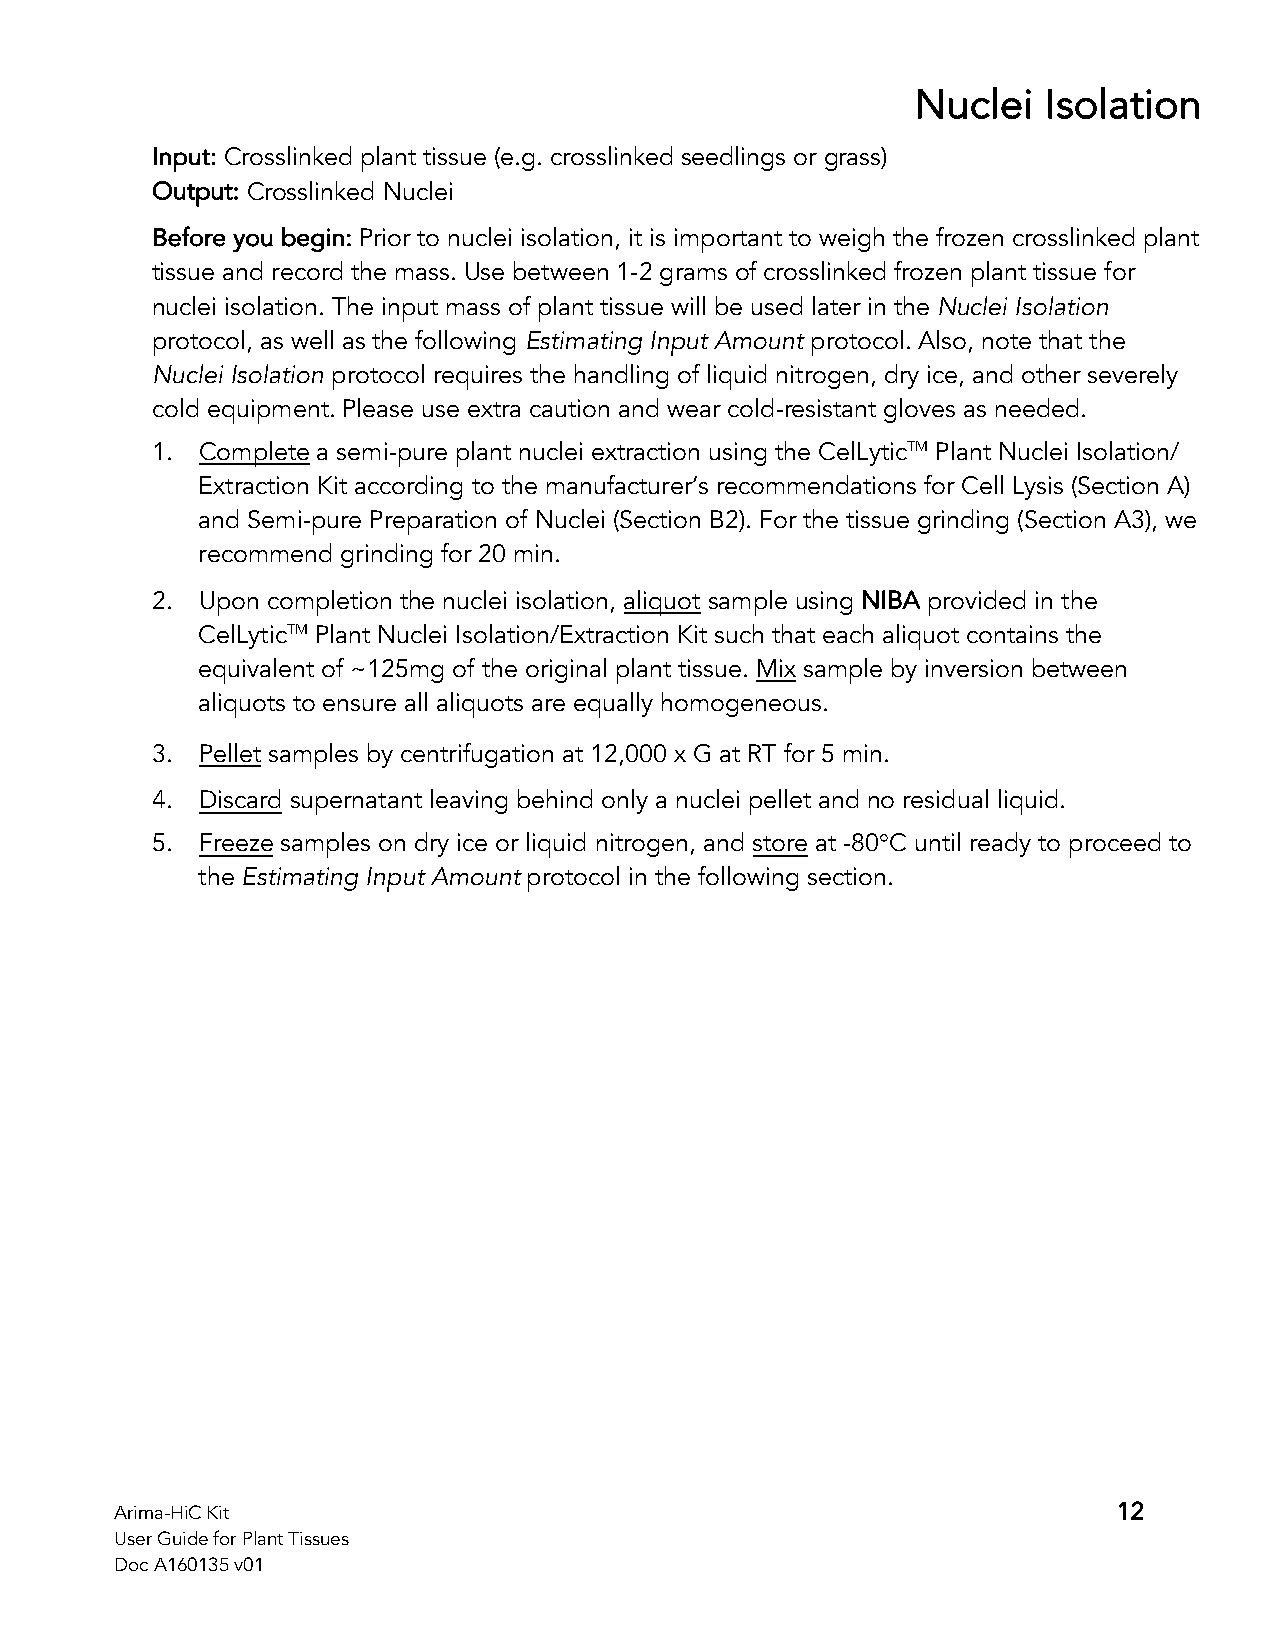
Nuclei  Isolation
 Input: Crosslinked plant tissue (e.g. crosslinked seedlings or grass)
 Output: Crosslinked Nuclei
 Before you begin: Prior to nuclei isolation, it is important to weigh the frozen crosslinked plant
 tissue and record the mass. Use between 1-2 grams of crosslinked frozen plant tissue for
 nuclei isolation. The input mass of plant tissue will be used later in the Nuclei Isolation
 protocol, as well as the following Estimating Input Amount protocol. Also, note that the
 Nuclei Isolation protocol requires the handling of liquid nitrogen, dry ice, and other severely
 cold equipment. Please use extra caution and wear cold-resistant gloves as needed.
 1. Complete a semi-pure plant nuclei extraction using the CelLyticTM Plant Nuclei Isolation/
 Extraction Kit according to the manufacturer’s recommendations for Cell Lysis (Section A)
 and Semi-pure Preparation of Nuclei (Section B2). For the tissue grinding (Section A3), we
 recommend grinding for 20 min.
 2. Upon completion the nuclei isolation, aliquot sample using NIBA provided in the
 CelLyticTM Plant Nuclei Isolation/Extraction Kit such that each aliquot contains the
 equivalent of ~125mg of the original plant tissue. Mix sample by inversion between
 aliquots to ensure all aliquots are equally homogeneous.
 3. Pellet samples by centrifugation at 12,000 x G at RT for 5 min.
 4. Discard supernatant leaving behind only a nuclei pellet and no residual liquid.
 5. Freeze samples on dry ice or liquid nitrogen, and store at -80°C until ready to proceed to
 the Estimating Input Amount protocol in the following section.
 Arima-HiC Kit                                                     12
 User Guide for Plant Tissues
 Doc A160135 v01